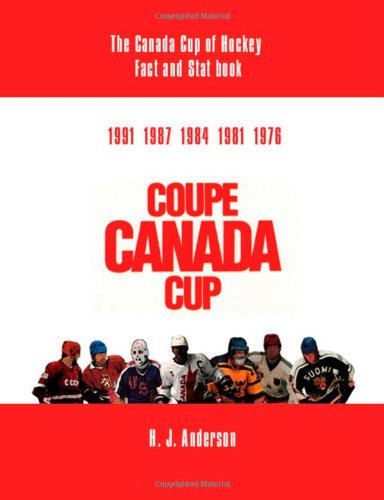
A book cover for The Canada Cup of Hockey Fact and Stat Book; H. J. Anderson; Sports & Outdoors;